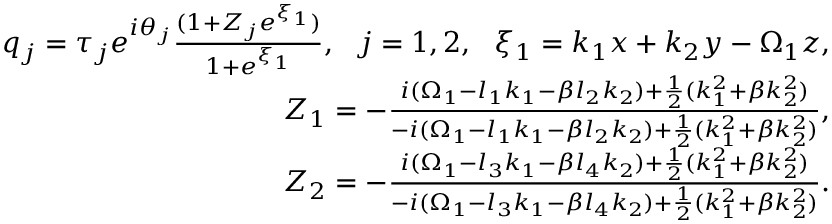
\begin{array} { r l r } & { } & { q _ { j } = \tau _ { j } e ^ { i \theta _ { j } } \frac { ( 1 + Z _ { j } e ^ { \xi _ { 1 } } ) } { 1 + e ^ { \xi _ { 1 } } } , ~ ~ j = 1 , 2 , ~ ~ \xi _ { 1 } = k _ { 1 } x + k _ { 2 } y - \Omega _ { 1 } z , } \\ & { } & { Z _ { 1 } = - \frac { i ( \Omega _ { 1 } - l _ { 1 } k _ { 1 } - \beta l _ { 2 } k _ { 2 } ) + \frac { 1 } { 2 } ( k _ { 1 } ^ { 2 } + \beta k _ { 2 } ^ { 2 } ) } { - i ( \Omega _ { 1 } - l _ { 1 } k _ { 1 } - \beta l _ { 2 } k _ { 2 } ) + \frac { 1 } { 2 } ( k _ { 1 } ^ { 2 } + \beta k _ { 2 } ^ { 2 } ) } , } \\ & { } & { Z _ { 2 } = - \frac { i ( \Omega _ { 1 } - l _ { 3 } k _ { 1 } - \beta l _ { 4 } k _ { 2 } ) + \frac { 1 } { 2 } ( k _ { 1 } ^ { 2 } + \beta k _ { 2 } ^ { 2 } ) } { - i ( \Omega _ { 1 } - l _ { 3 } k _ { 1 } - \beta l _ { 4 } k _ { 2 } ) + \frac { 1 } { 2 } ( k _ { 1 } ^ { 2 } + \beta k _ { 2 } ^ { 2 } ) } . } \end{array}